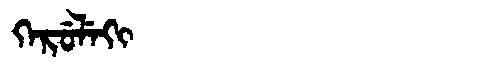
Manchu: ᡴᡝᡵᡠᠯᡝᡴᡳ
Romanization: KERULEKI